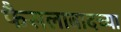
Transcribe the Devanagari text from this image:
फैसलाबादच्या